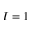
I = 1